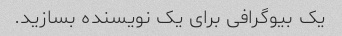
یک بیوگرافی برای یک نویسنده بسازید.